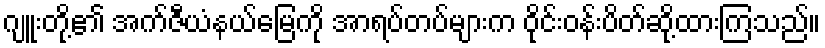
ဂျူးတို့၏ အက်ဇီယံနယ်မြေကို အာရပ်တပ်များက ဝိုင်းဝန်းပိတ်ဆို့ထားကြသည်။